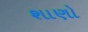
શાણો